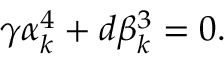
\gamma \alpha _ { k } ^ { 4 } + d \beta _ { k } ^ { 3 } = 0 .